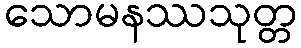
သောမနဿသုတ္တ